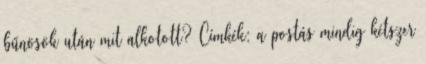
bűnösök után mit alkotott? Címkék: a postás mindig kétszer